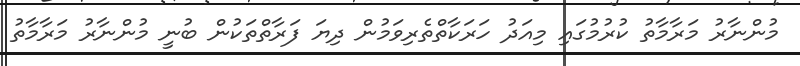
މުންނާރު މަރާމާތު ކުރުމުގައި މިއަދު ހަރަކާތްތެރިވަމުން ދިޔަ ފަރާތްތަކުން ބުނީ މުންނާރު މަރާމާތު